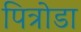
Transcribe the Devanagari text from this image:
पित्रोडा